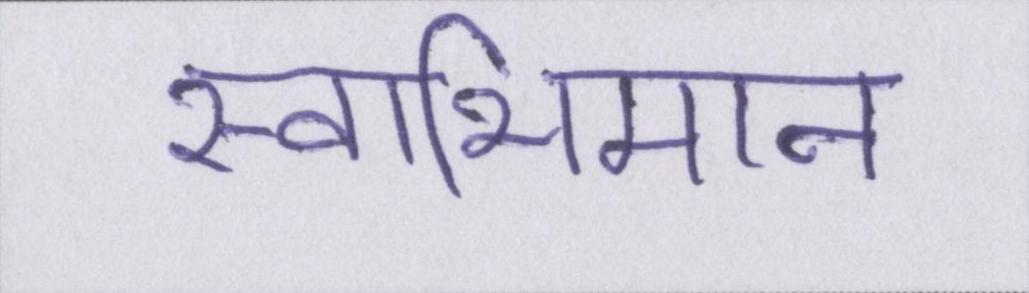
स्वाभिमान